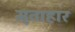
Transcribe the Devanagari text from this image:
मृताहार